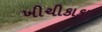
ખીચીકાકા